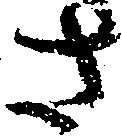
さ